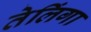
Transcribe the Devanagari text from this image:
तेलिंगा